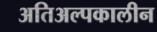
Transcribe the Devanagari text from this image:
अतिअल्पकालीन